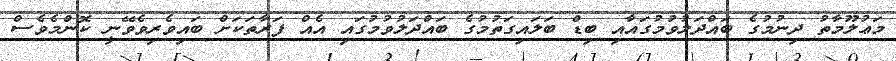
މަޢުލޫމާތު ދިނުމުގެ ބައްދަލުވުމުގައާއި ބިޑް ބަލައިގަތުމުގެ ބައްދަލުވުމުގައި އެއް ފަރާތަކަށް ބައިވެރިވެވޭނީ ކޮންމެވެސް